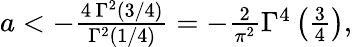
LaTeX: \begin{array}{r}{a<-\frac{4\, \Gamma^{2}\left(3/4\right)}{\Gamma^{2}\left(1/4\right)}=-\frac{2}{\pi^{2}}\Gamma^{4}\left(\frac{3}{4}\right),}\end{array}